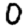
Digit: 0